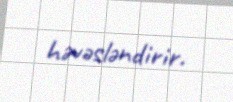
həvəsləndirir.